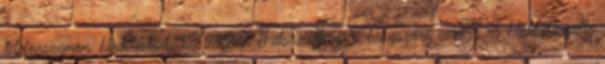
telefonszámon. hirdetéskód: 12728503 Felszereltség: 6 hangszóró – ABS blokkolásgátló